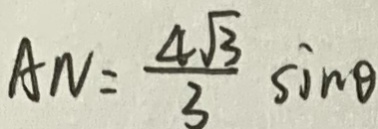
A N = \frac { 4 \sqrt { 3 } } { 3 } \sin \theta